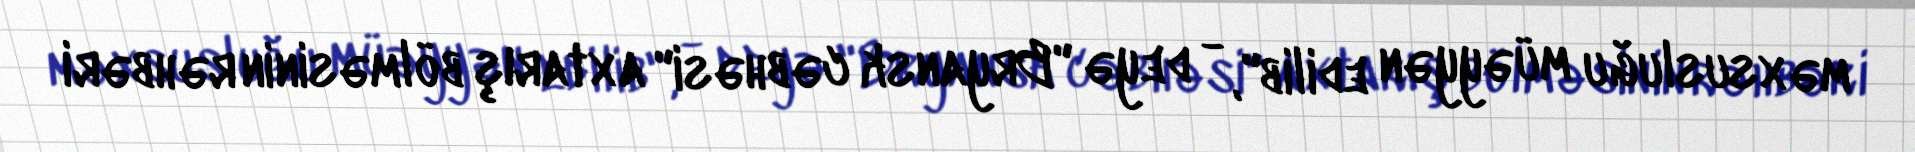
məxsusluğu müəyyən edilib", - deyə "Bryansk cəbhəsi" axtarış bölməsinin rəhbəri